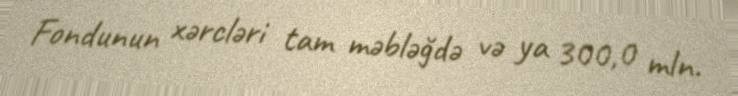
Fondunun xərcləri tam məbləğdə və ya 300,0 mln.